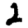
Digit: 2